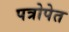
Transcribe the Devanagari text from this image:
पत्रोपेत